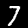
Label: 7